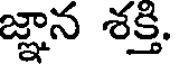
జ్ఞాన శక్తి.